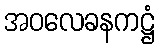
အဝလေခနကဋ္ဌံ